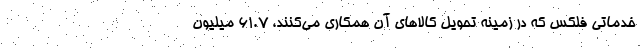
خدماتی فلکس که در زمینه تحویل کالاهای آن همکاری می‌کنند، ۶۱.۷ میلیون